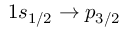
1 s _ { 1 / 2 } \rightarrow p _ { 3 / 2 }